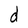
Character: d